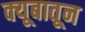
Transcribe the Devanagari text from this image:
क्यूबातून